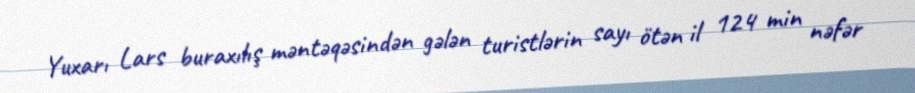
Yuxarı Lars buraxılış məntəqəsindən gələn turistlərin sayı ötən il 124 min nəfər